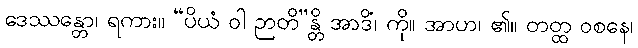
ဒေဿန္တော၊ ရကား။ “ပိယံ ဝါ ဉာတိ”န္တိ အာဒိံ၊ ကို။ အာဟ၊ ၏။ တတ္ထ ဝစနေ၊